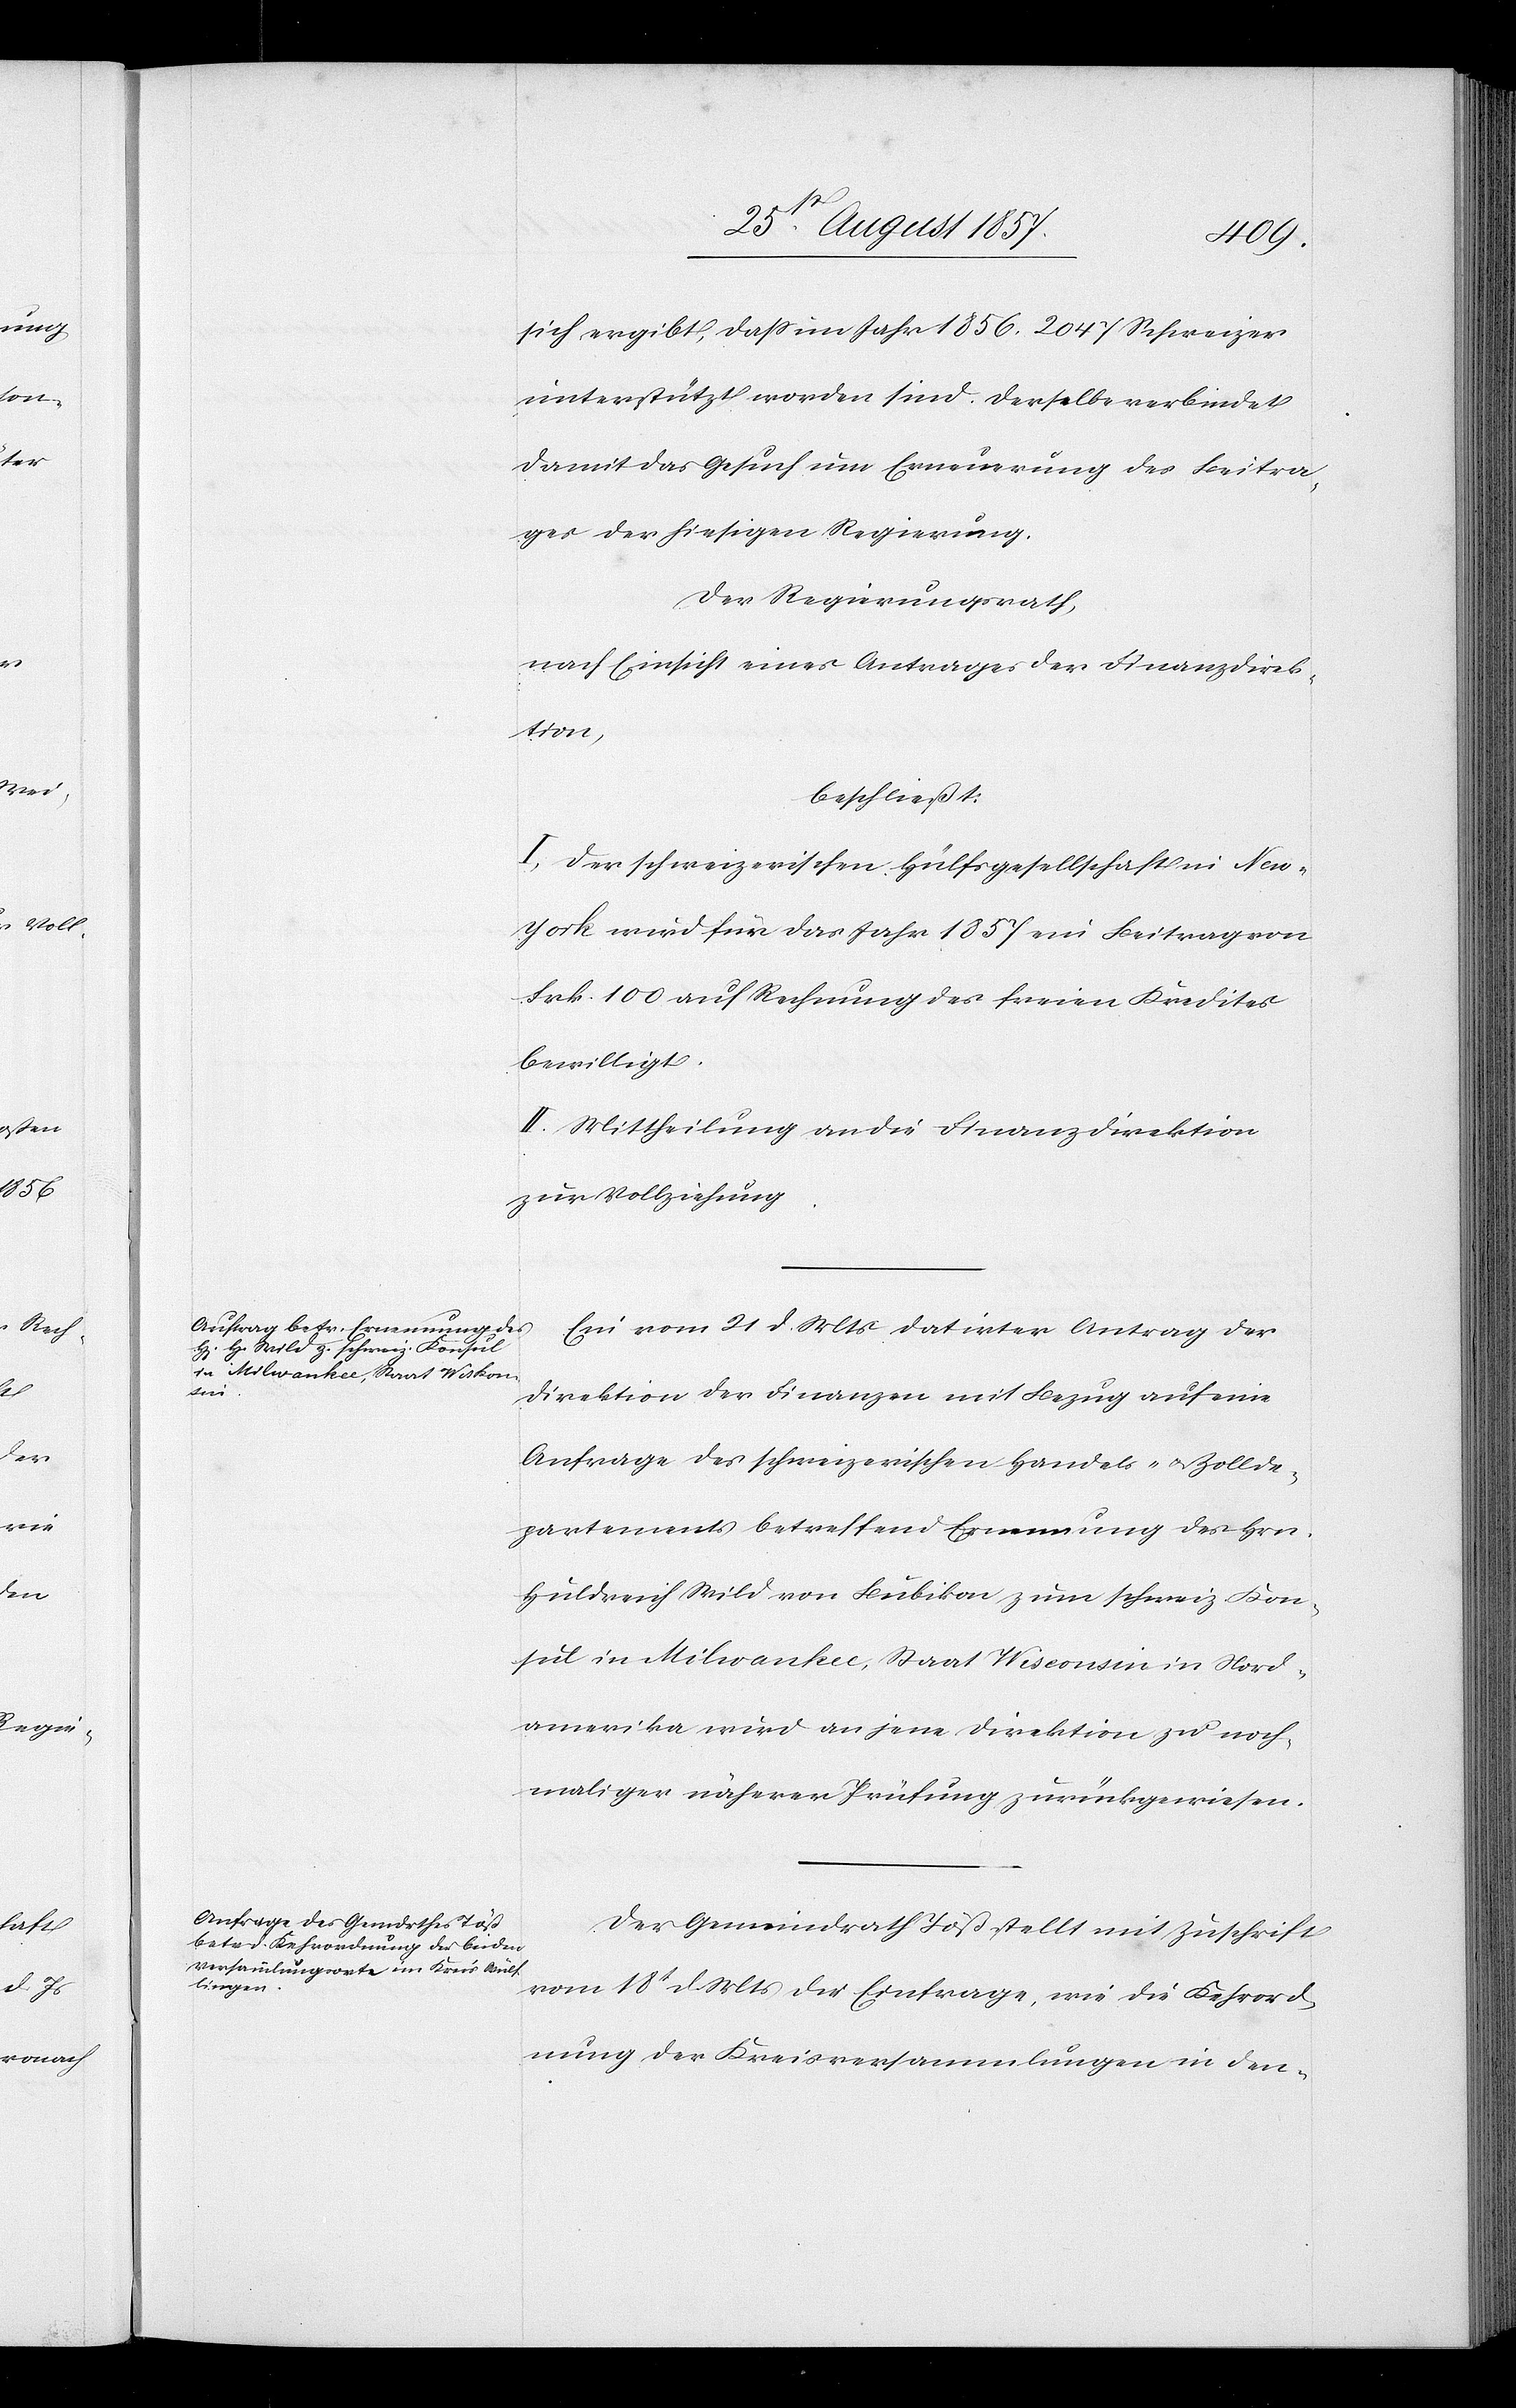
sich ergibt, daß im Jahr 1856, 2047 Schweizer
unterstützt worden sind, derselbe verbindet
damit das Gesuch um Erneuerung des Beitra¬
ges der hiesigen Regierung.
Der Regierungsrath,
nach Einsicht eines Antrages der Finanzdirek¬
tion,
beschließt:
I. Der schweizerischen Hülfsgesellschaft in New-Y¬
ork wird für das Jahr 1857 ein Beitrag von
Frk. 100 auf Rechnung des freien Kredites
bewilligt.
II. Mittheilung an die Finanzdirektion
zur Vollziehung.
Ein vom 21 d. Mts. datirter Antrag der
Direktion der Finanzen mit Bezug auf eine
Anfrage des schweizerischen Handels- & Zollde¬
partements betreffend Ernennung des Hrn.
Huldrich Wild von Bubikon zum schweiz. Kon¬
sul in Milwaukee, Staat Wisconsin in Nord¬
amerika wird an jene Direktion zu noch¬
maliger näherer Prüfung zurückgewiesen.
Der Gemeindrath Töß stellt mit Zuschrift
vom 18t. d. Mts. die Einfrage, wie die Kehrord¬
nung der Kreisversammlungen in den-